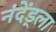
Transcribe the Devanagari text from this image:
नंदेंड्ला